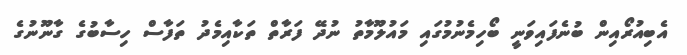
އެބިއުރޯއިން ބުނެފައިވަނީ ބޯހިމެނުމުގައި މައުލޫމާތު ނުދޭ ފަރާތް ތަކާއިމެދު ތަފާސް ހިސާބުގެ ގާނޫނުގެ